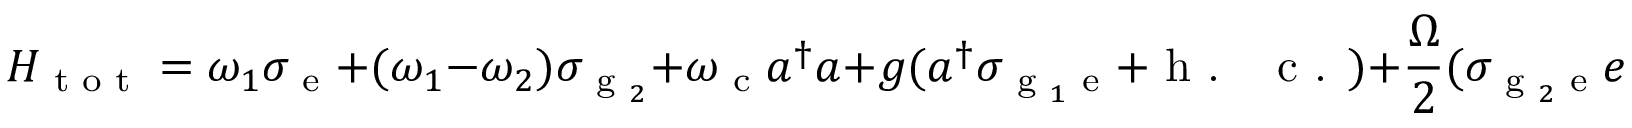
H _ { \textrm { t o t } } = \omega _ { 1 } \sigma _ { \textrm { e } } + ( \omega _ { 1 } - \omega _ { 2 } ) \sigma _ { \textrm { g } _ { 2 } } + \omega _ { \textrm { c } } a ^ { \dagger } a + g ( a ^ { \dagger } \sigma _ { \textrm { g } _ { 1 } \textrm { e } } + \textrm { h . ~ c . } ) + \frac { \Omega } { 2 } ( \sigma _ { \textrm { g } _ { 2 } \textrm { e } } e ^ { i \omega _ { \textrm { p } \mathrm { { ' } } } t } + \textrm { h . ~ c . } ) ,